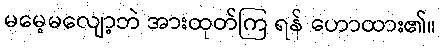
မမေ့မလျော့ဘဲ အားထုတ်ကြ ရန် ဟောထား၏။